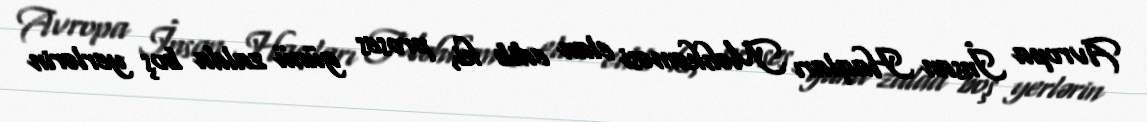
Avropa İnsan Haqları Məhkəməsi elan edib ki, proses günü zalda boş yerlərin